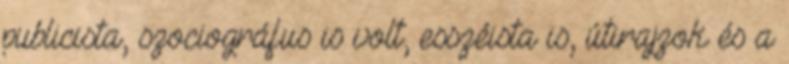
publicista, szociográfus is volt, esszéista is, útirajzok és a